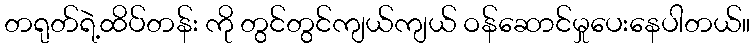
တရုတ်ရဲ့ထိပ်တန်း ကို တွင်တွင်ကျယ်ကျယ် ဝန်ဆောင်မှုပေးနေပါတယ်။